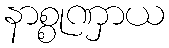
နာစ္စုဏှာယ